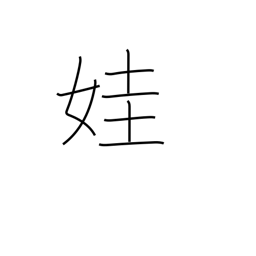
Meaning: beautiful